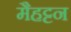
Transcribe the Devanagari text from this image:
मैहट्टन